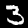
Digit: 3